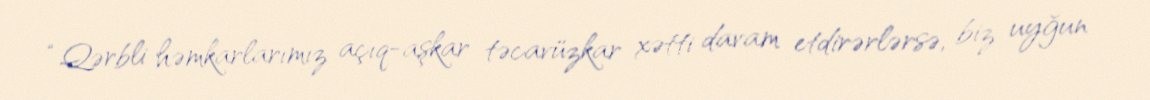
“Qərbli həmkarlarımız açıq-aşkar təcavüzkar xətti davam etdirərlərsə, biz uyğun